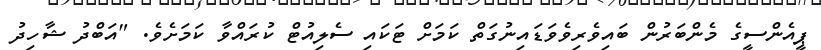
ޕީއެންސީގެ މެންބަރުން ބައިވެރިވެވަޑައިނުގަތް ކަމަށް ޓަކައި ސެލިއުޓް ކުރައްވާ ކަމަށެވެ. "އަބްދު ޝާހިދު